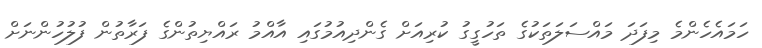
ހަމައެހެންމެ މިފަދަ މައްސަލަތަކުގެ ތަހުގީގު ކުރިއަށް ގެންދިއުމުގައިި އާއްމު ރައްޔިތުންގެ ފަރާތުން ފުލުހުންނަށް